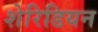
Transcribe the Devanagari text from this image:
शेरिडियन